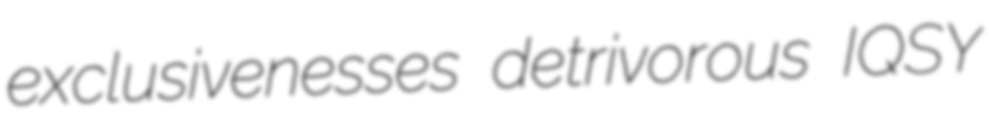
exclusivenesses detrivorous IQSY